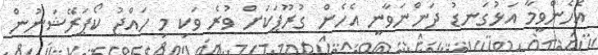
އެހެންވީމާ އަޅުގަނޑު ދަންނަވާނީ އެހެން ގުރޫޕަކަށް ވުރެ ވަކި މި ހައްޖު ކޯޕަރޭޝަނުން